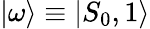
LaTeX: |\omega\rangle\equiv|S_{0},1\rangle